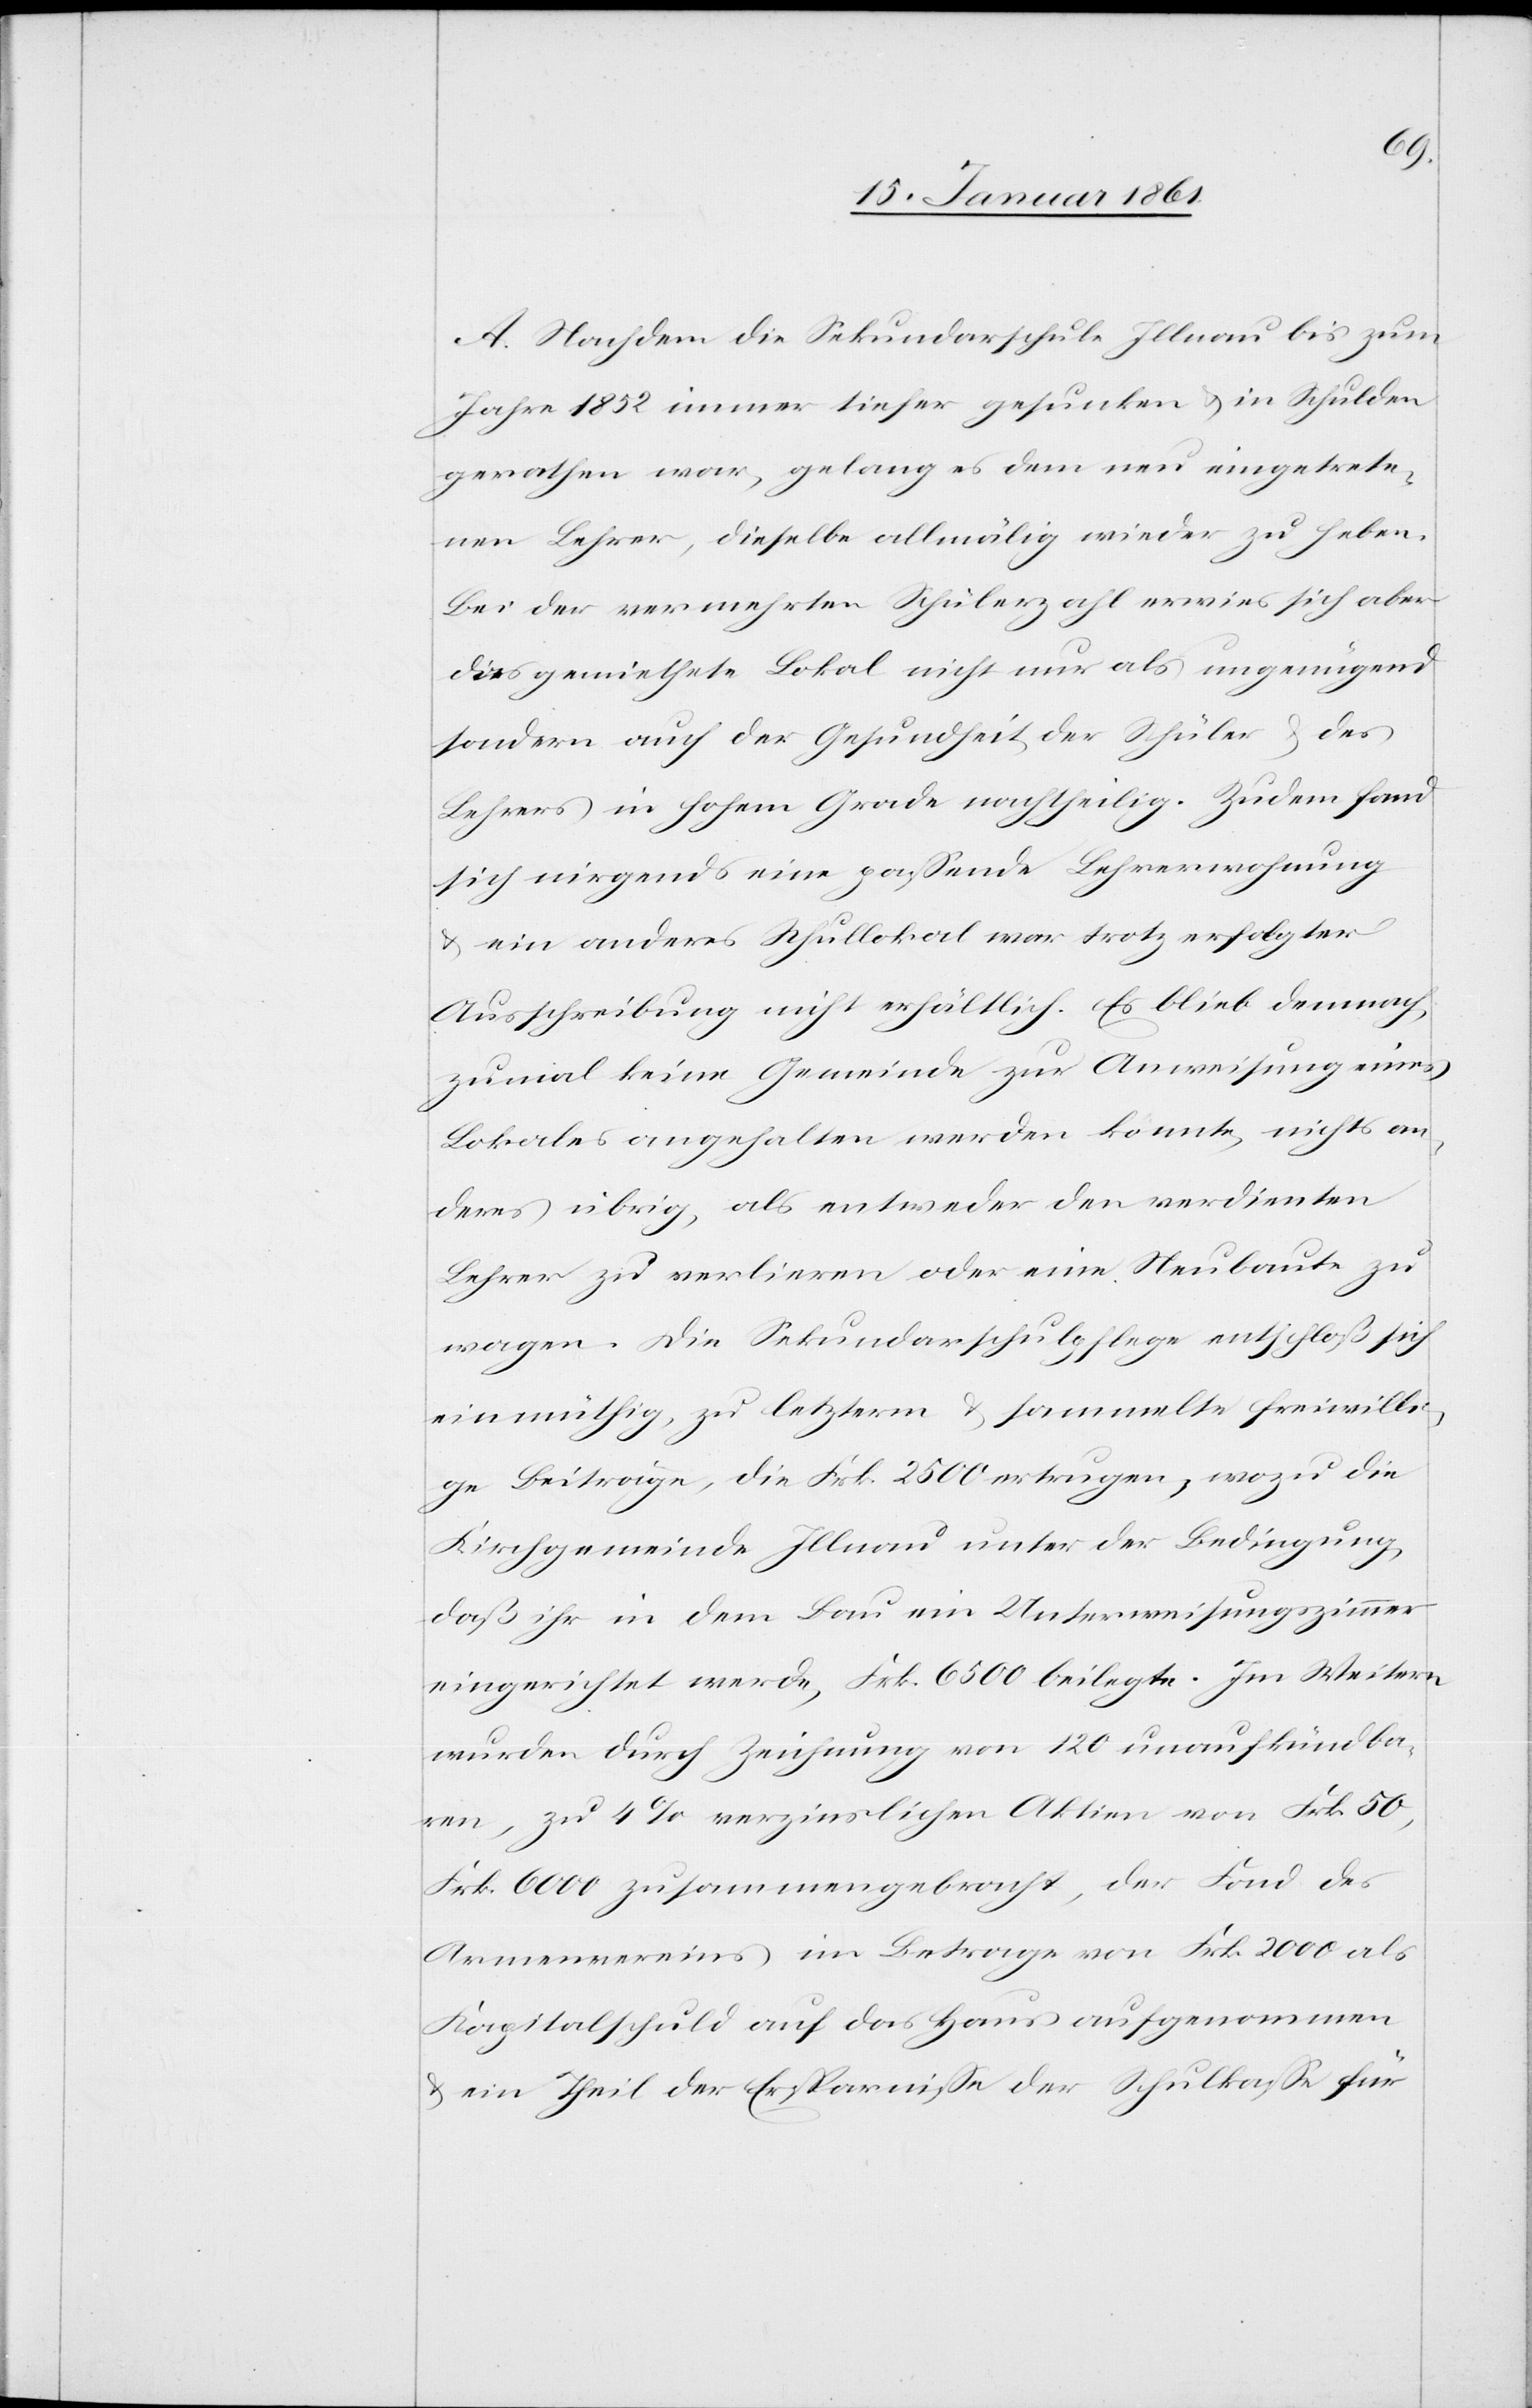
A. Nachdem die Sekundarschule Illnau bis zum
Jahr 1852 immer tiefer gesunken u. in Schulden
gerathen war, gelang es dem neu eingetrete¬
nen Lehrer, dieselbe allmälig wieder zu heben.
Bei der vermehrten Schülerzahl erwies sich aber
dies gemiethete Lokal nicht nur als ungenügend
sondern auch der Gesundheit der Schüler u. des
Lehrer in hohem Grade nachtheilig. Zudem fand
sich nirgends eine passende Lehrerwohnung
u. ein anderes Schullokal war trotz erfolgter
Ausschreibung nicht erhältlich. Es blieb demnach,
zumal keine Gemeinde zur Anweisung eines
Lokales angehalten werden konnte, nichts an¬
deres übrig, als entweder den verdienten
Lehrer zu verlieren, oder eine Neubaute zu
wagen. Die Sekundarschulpflege entschloß sich
einmüthig, zu letzterm u. sammelte freiwilli¬
ge Beiträge, die Frk. 2500 ertrugen, wozu die
Kirchgemeinde Illnau unter der Bedingung,
daß ihr in dem Bau ein Unterweisungszimmer
eingerichtet werde, Frk. 6500 beilegte. Im Weitern
wurden durch Zeichnung von 120 unaufkündba¬
ren, zu 4% verzinslichen Aktien von Frk. 50,
Frk. 6000 zusammengebracht, der Fond des
Armenvereins im Betrage von Frk. 2000 als
Kapitalschuld auf das Haus aufgenommen
u. ein Theil der Ersparnisse der Schulkasse für